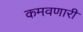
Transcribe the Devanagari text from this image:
कमवणारी